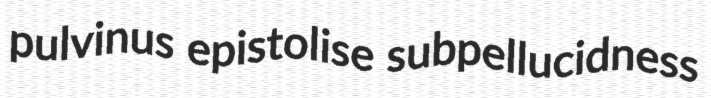
pulvinus epistolise subpellucidness